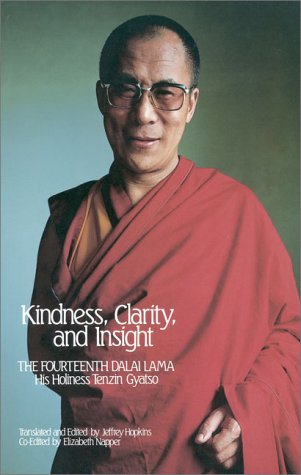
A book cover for Kindness, Clarity, and Insight: The Fourteenth Dalai Lama, His Holiness Tenzin Gyatso; Dalai Lama; Religion & Spirituality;